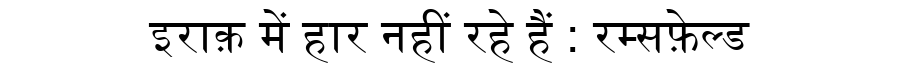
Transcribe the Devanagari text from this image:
इराक़ में हार नहीं रहे हैं : रम्सफ़ेल्ड